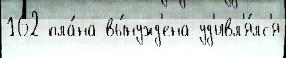
162 пла́на вы́нужд'ена уд'ивл'я́лс'я